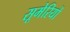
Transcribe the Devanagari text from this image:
सूमेरियों